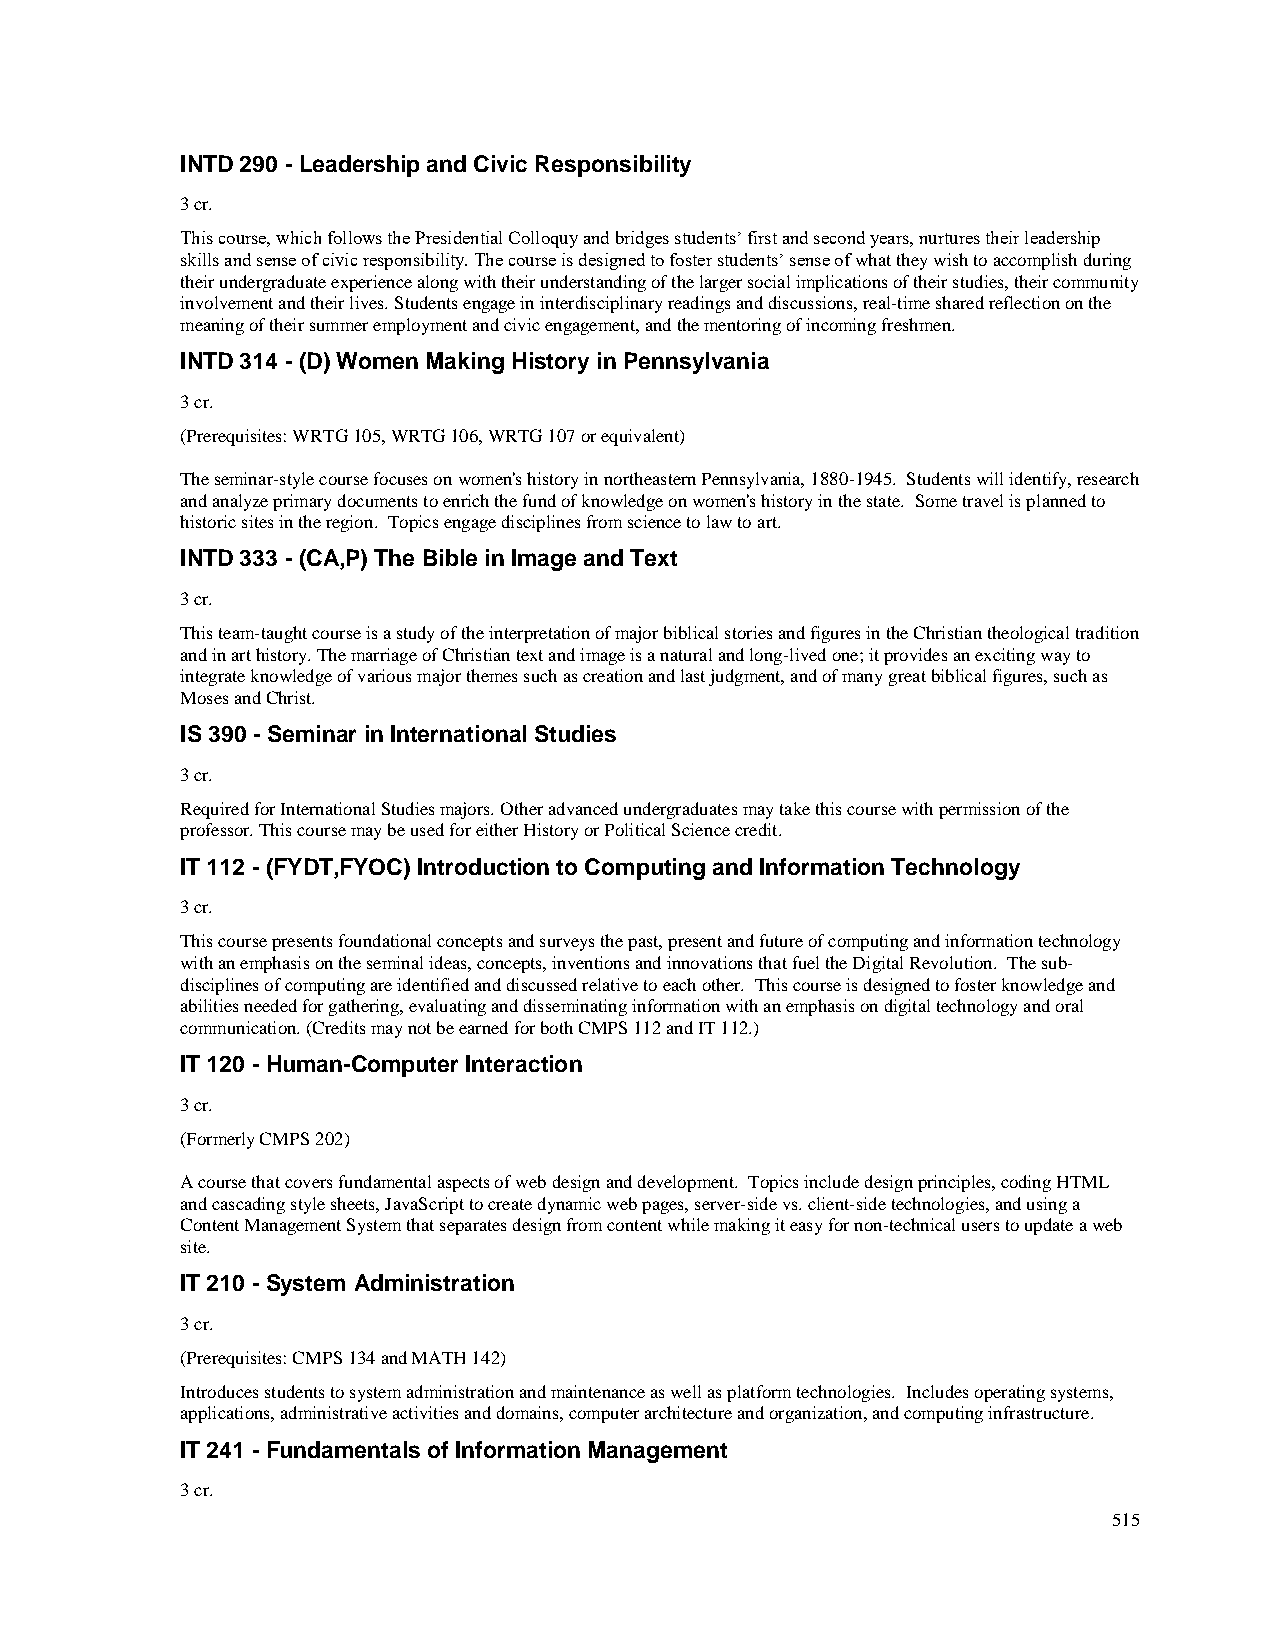
INTD 290 - Leadership and Civic Responsibility
 3 cr.
 This course, which follows the Presidential Colloquy and bridges students’ first and second years, nurtures their leadership
 skills and sense of civic responsibility. The course is designed to foster students’ sense of what they wish to accomplish during
 their undergraduate experience along with their understanding of the larger social implications of their studies, their community
 involvement and their lives. Students engage in interdisciplinary readings and discussions, real-time shared reflection on the
 meaning of their summer employment and civic engagement, and the mentoring of incoming freshmen.
 INTD 314 - (D) Women Making History in Pennsylvania
 3 cr.
 (Prerequisites: WRTG 105, WRTG 106, WRTG 107 or equivalent)
 The seminar-style course focuses on women's history in northeastern Pennsylvania, 1880-1945. Students will identify, research
 and analyze primary documents to enrich the fund of knowledge on women's history in the state. Some travel is planned to
 historic sites in the region. Topics engage disciplines from science to law to art.
 INTD 333 - (CA,P) The Bible in Image and Text
 3 cr.
 This team-taught course is a study of the interpretation of major biblical stories and figures in the Christian theological tradition
 and in art history. The marriage of Christian text and image is a natural and long-lived one; it provides an exciting way to
 integrate knowledge of various major themes such as creation and last judgment, and of many great biblical figures, such as
 Moses and Christ.
 IS 390 - Seminar in International Studies
 3 cr.
 Required for International Studies majors. Other advanced undergraduates may take this course with permission of the
 professor. This course may be used for either History or Political Science credit.
 IT 112 - (FYDT,FYOC) Introduction to Computing and Information Technology
 3 cr.
 This course presents foundational concepts and surveys the past, present and future of computing and information technology
 with an emphasis on the seminal ideas, concepts, inventions and innovations that fuel the Digital Revolution. The sub-
 disciplines of computing are identified and discussed relative to each other. This course is designed to foster knowledge and
 abilities needed for gathering, evaluating and disseminating information with an emphasis on digital technology and oral
 communication. (Credits may not be earned for both CMPS 112 and IT 112.)
 IT 120 - Human-Computer Interaction
 3 cr.
 (Formerly CMPS 202)
 A course that covers fundamental aspects of web design and development. Topics include design principles, coding HTML
 and cascading style sheets, JavaScript to create dynamic web pages, server-side vs. client-side technologies, and using a
 Content Management System that separates design from content while making it easy for non-technical users to update a web
 site.
 IT 210 - System Administration
 3 cr.
 (Prerequisites: CMPS 134 and MATH 142)
 Introduces students to system administration and maintenance as well as platform technologies. Includes operating systems,
 applications, administrative activities and domains, computer architecture and organization, and computing infrastructure.
 IT 241 - Fundamentals of Information Management
 3 cr.
 515